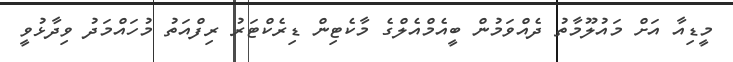
މީޑިއާ އަށް މައުލޫމާތު ދެއްވަމުން ބީއެމްއެލްގެ މާކެޓިން ޑިރެކްޓަރު ރިފްއަތު މުހައްމަދު ވިދާޅުވީ